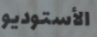
الأستوديو